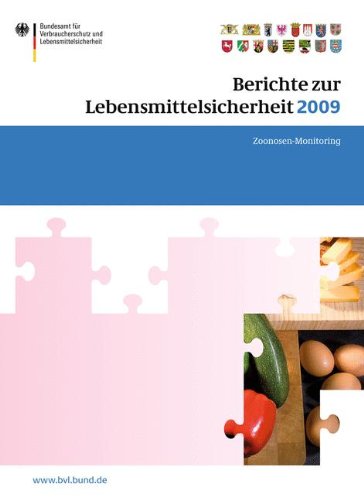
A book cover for Berichte zur Lebensmittelsicherheit 2009: Zoonosen-Monitoring (BVL-Reporte) (German Edition); Medical Books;